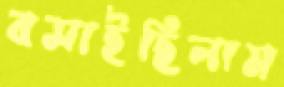
বসাইছিলাম